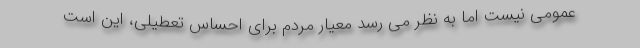
عمومی نیست اما به نظر می رسد معیار مردم برای احساس تعطیلی، این است